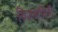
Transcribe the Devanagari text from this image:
विजयगिरी